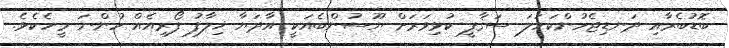
ބޮޑުބެރާއި ދަނޑިޖެހުންކަހަލަ ސަޤާފީ ކުޅިވަރަށް ޔޫސުންބެއަކީ އާދަޔާ ޚިލާފު ފޯރިއެއް ހުންނަ މީހެކެވެ.